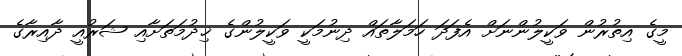
މީގެ އިތުރުން ވަކީލުންނަށް އެފަދަ ހަމަލާތައް ދިނުމަކީ ވަކީލުންގެ ޚިދުމަތަށާއި ޝަރުއީ ދާއިރާގެ